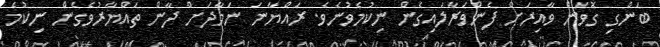
ބަންގި ގޮވަން ވާއިރަށް ފެންވަރާލައިގެން ނިކުމެވުނެވެ. ރައްޔާނަ ނަމާދަށް ދާން ތައްޔާރުވެގެން ނިކުމެ